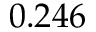
0 . 2 4 6